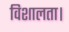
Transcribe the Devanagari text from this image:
विशालता।